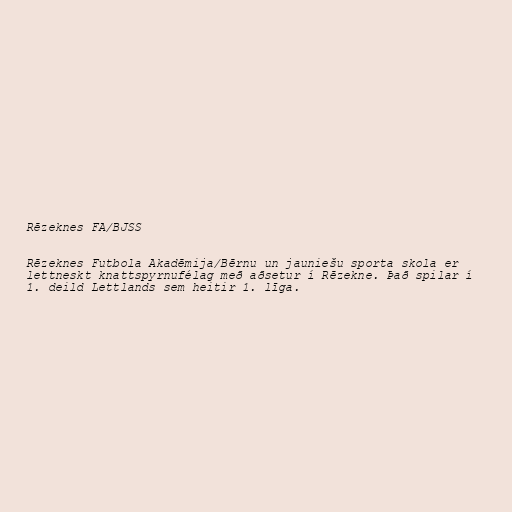
Rēzeknes FA/BJSS

Rēzeknes Futbola Akadēmija/Bērnu un jauniešu sporta skola er
lettneskt knattspyrnufélag með aðsetur í Rēzekne. Það spilar í
1. deild Lettlands sem heitir 1. līga.